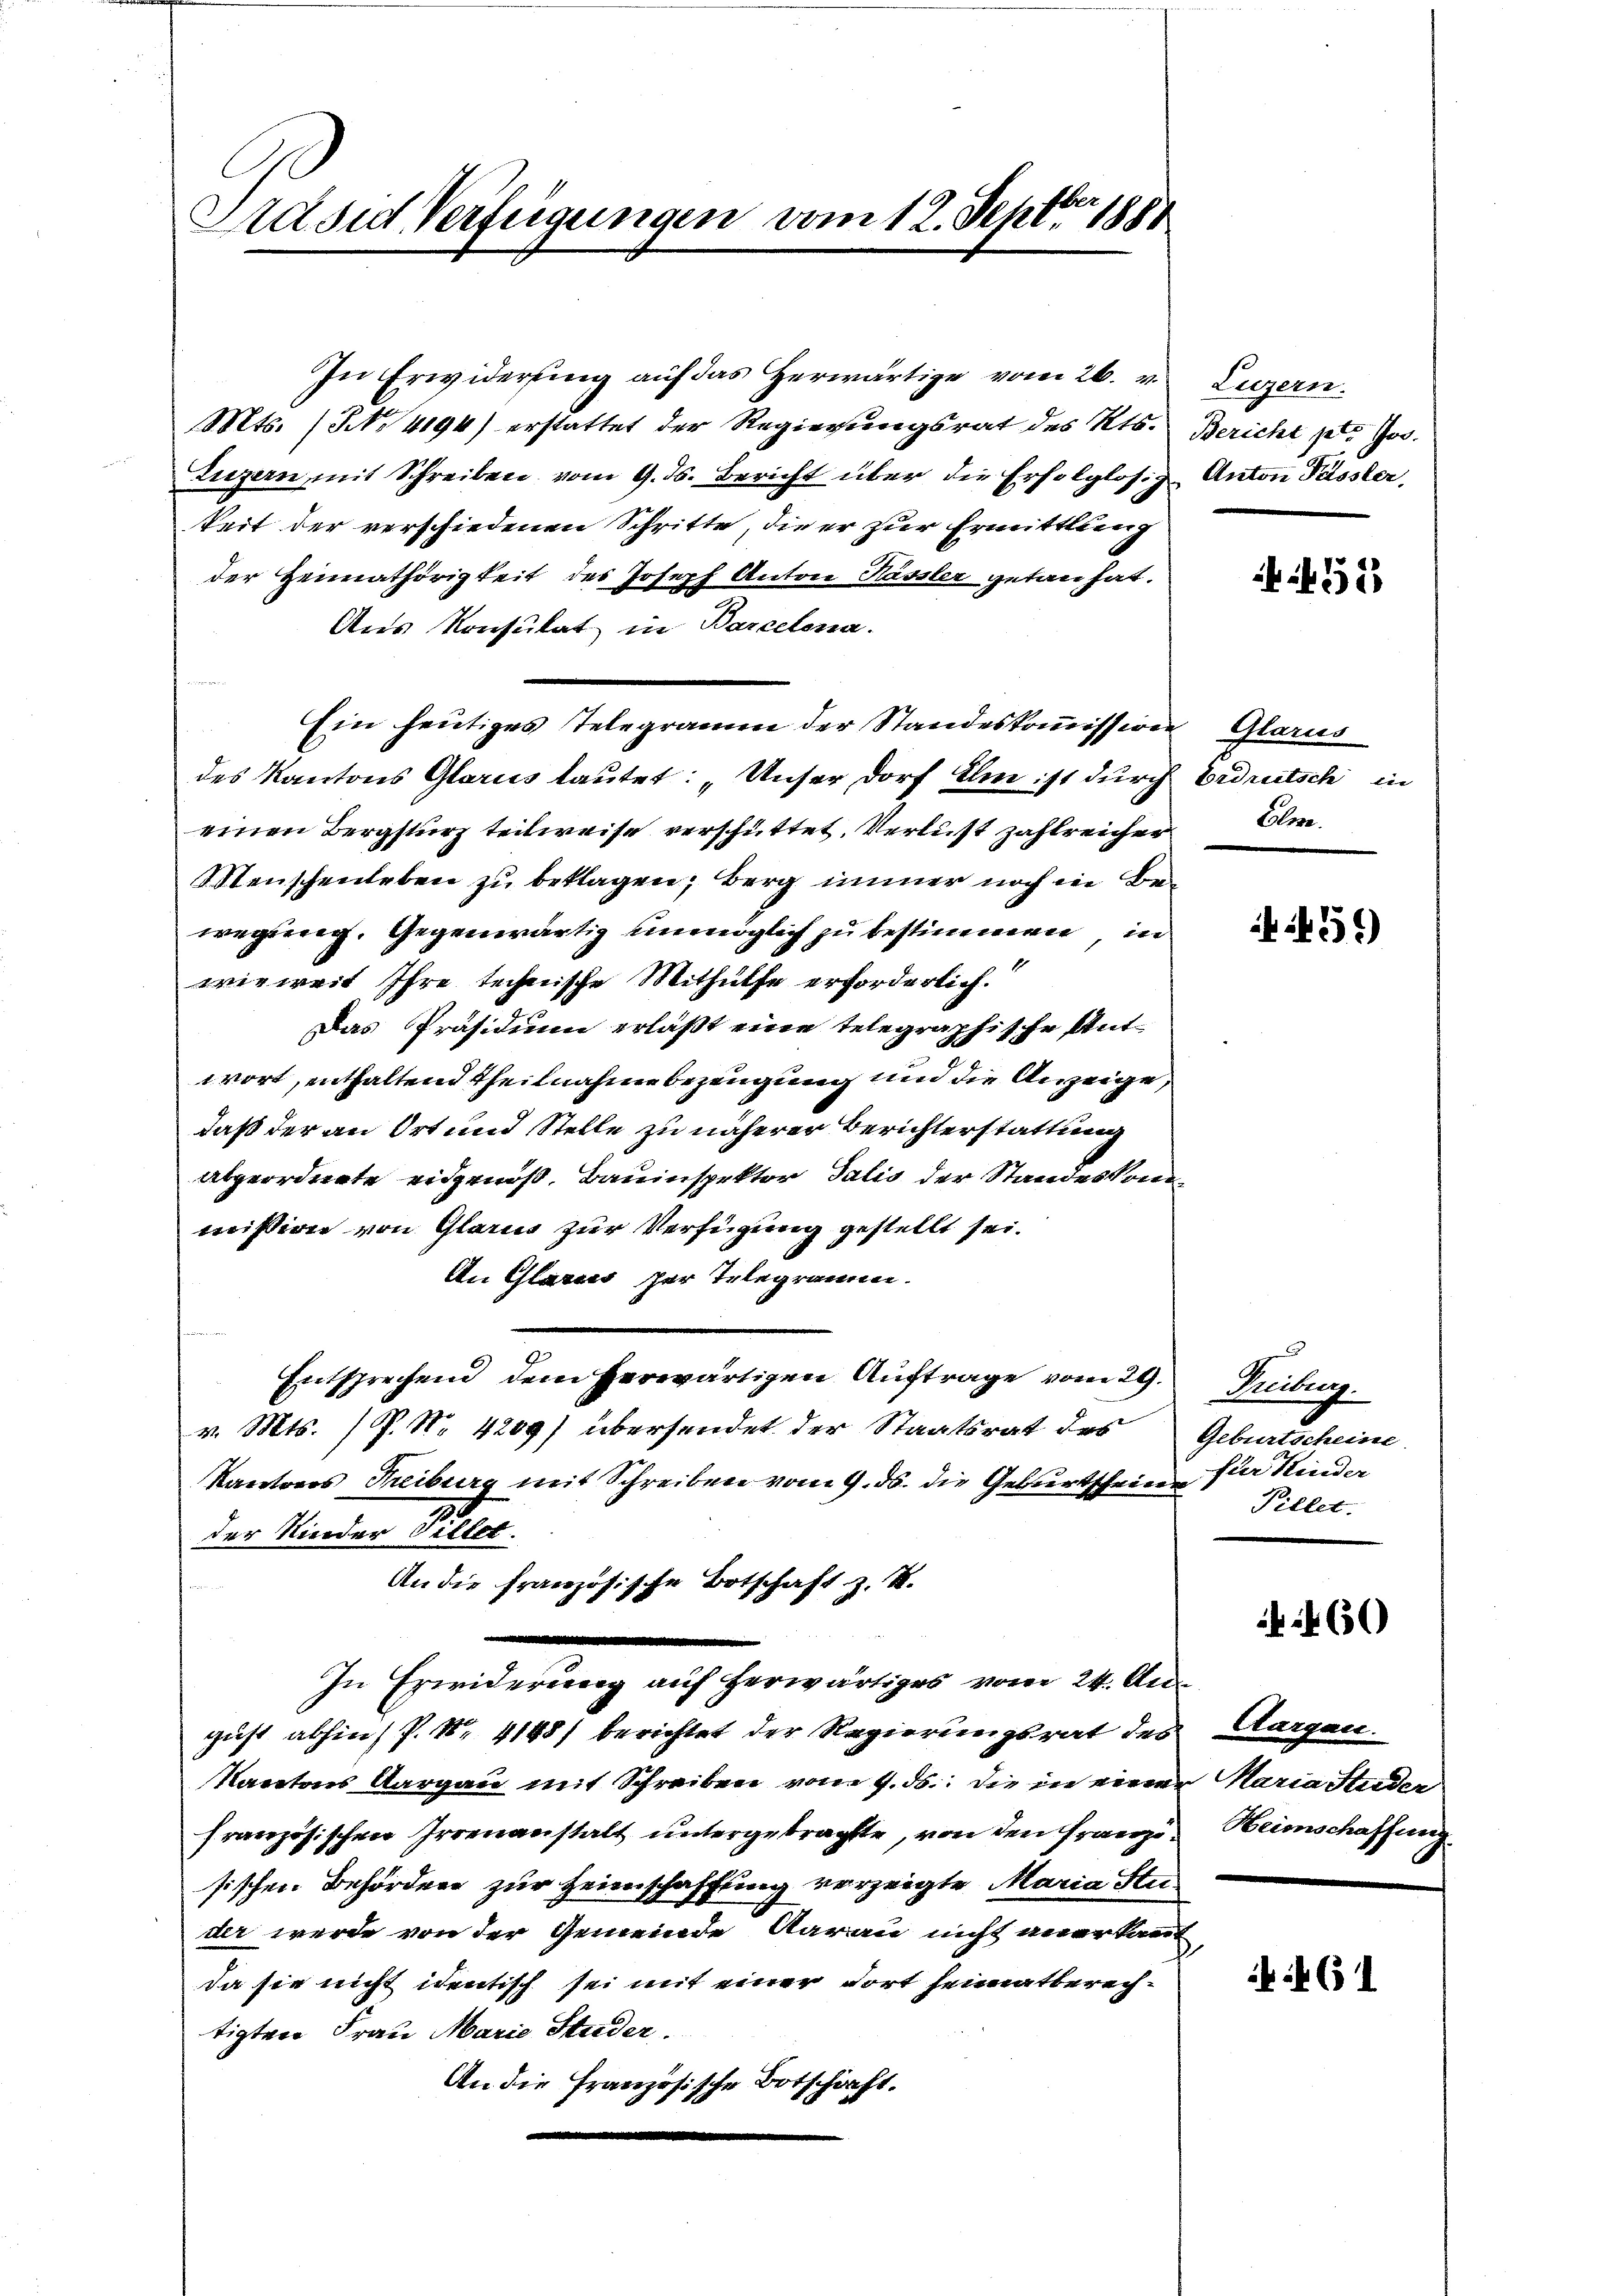
Präsid Verfügungen vom 12. Septbr 1881

In Erwiderung auf das herwärtige vom 26. v. Luzern.
Mts. (N. 4194) erstattet der Regierungsrat des Kts.
Luzern mit Schreiben vom 9. ds. Bericht über die Erfolglosz Anton Passter,
keit der verschiedenen Schritte, die er zur Ermittlung
der Heimathörigkeit des Joseph Anton Kassler getan hat.
Aus Konsulat in Barcelena.
Ein heutiges Telegramm der Standeskommission Glarus
des Kantons Glarus lautet: „Unser Dorf Ihm ist durch Erdeutsch in
einen Bergsturz teilweise verschüttet, Verlust zahlreichen. An
Menschenleben zu beklagen; Berg immer noch in Bewegung. Gegenwärtig unmöglich zu bestimmen, in
wieweit Ihre technische Mithülfe erforderlich.
Das Präsidium erläßt eine telegraphische Antwort, enthaltend Theilnahme bezeugung und die Anzeigedaß der an Ort und Stelle zu näherer Berichterstattung
abgeordnete eidgenoß, Bauinspektor Salis der Standeskommission von Glarus zur Verfügung gestellt sei.
An Glarus per Telegramm.
Entsprechend dem herwärtigen Auftrage vom 29.
v. Mts. (P. Nr. 4209) übersendet der Staatsrat des
Kantons Freiburg mit Schreiben vom 9. ds. die Geburtscheine
der Kinder Keller.
An die französische Botschaft z. K.
|
In Erwiderung auf herwärtiges vom 24. August abhin) P. Nr. 4198) berichtet der Regierungsrat des
Kantons Aargau mit Schreiben von 4. ds. die in eine
französischen Irrenanstalt untergebrachte, von den Franzisischen Behörden zur Heimschaffung verzeigte Maria Studer werde von der Gemeinde darau nicht anerkannt
da sie nicht identisch sei mit einer dort seimatberechtigten Frau Marie Studer.
An die Französische Botschaft.

Bericht pt. Jos.

52

459

Tribung.
Geburtscheine
für Kinder
Pillet.

460)

Aargau.
Maria Studer
Heimschaffung

4(1